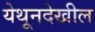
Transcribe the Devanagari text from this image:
येथूनदेखील